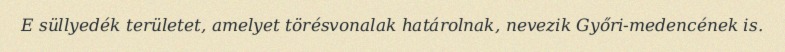
E süllyedék területet, amelyet törésvonalak határolnak, nevezik Győri-medencének is.